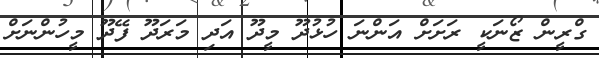
ގްރީން ޒޯނަކީ ރަށަށް އަންނަ ހުޅުދޫ މީދޫ އަދި މަރަދޫ ފޭދޫ މީހުންނަށް